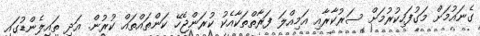
ގެނައުމަށް މަގުފަހިކުރުމަށް ސަރުކާރާއި އަމިއްލަ ފަރާތްތަކާއެކު ކުރަންޖެހޭ ކަންތައްތައް ކުރުން. އަދި ތައިލެންޑުގައި